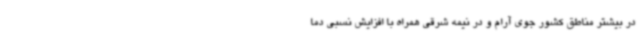
در بیشتر مناطق کشور جوی آرام و در نیمه شرقی همراه با افزایش نسبی دما